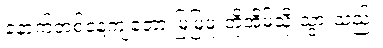
နောက်တစ်နေ့ကျတော့ မြမြဖူးတို့အိမ်သို့ သွားသည်။